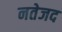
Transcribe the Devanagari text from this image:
नतेजद